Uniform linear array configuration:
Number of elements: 16
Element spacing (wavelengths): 1
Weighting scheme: binomial
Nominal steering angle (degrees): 15
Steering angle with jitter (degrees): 16.129
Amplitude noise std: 0.05
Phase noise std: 0.05

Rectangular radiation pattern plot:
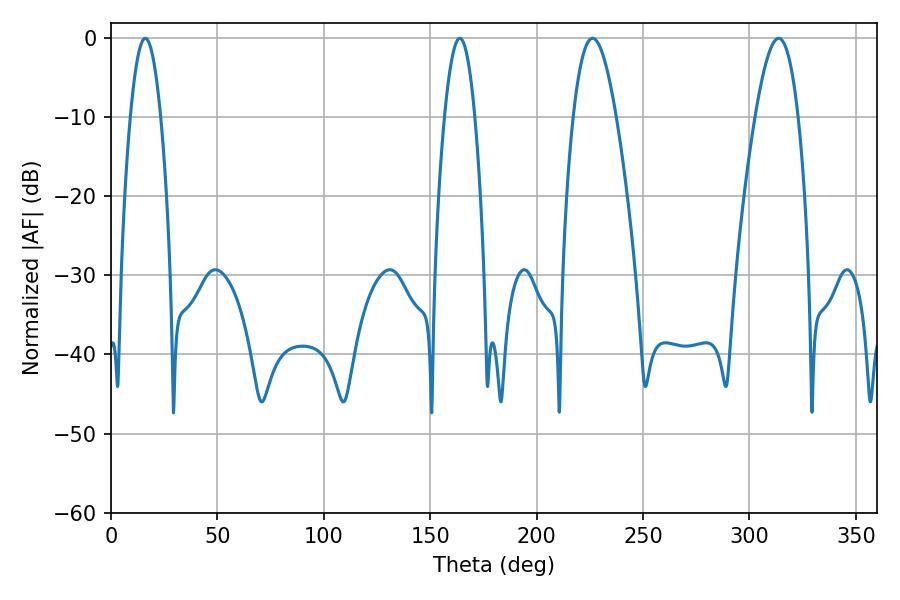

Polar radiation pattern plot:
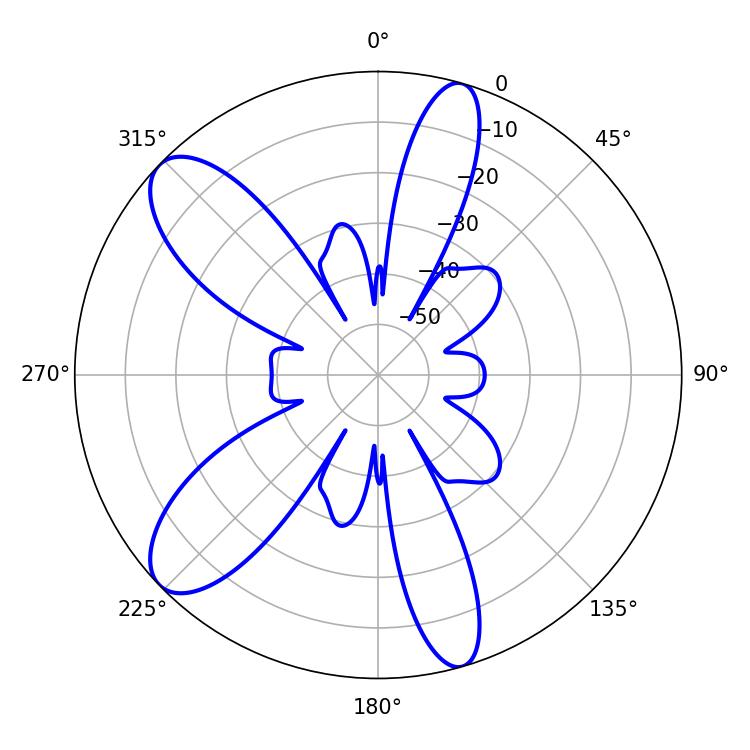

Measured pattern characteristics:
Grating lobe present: TRUE
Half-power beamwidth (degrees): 10.98
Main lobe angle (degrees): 226.26